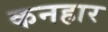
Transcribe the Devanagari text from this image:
कनहार